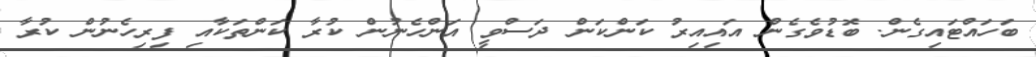
ބަހައްޓައިގެން. ބޮޑުވެގެން އައިއިރު ކަންކަން ދަސްވީ އަންހެނުން ކުރާ ކަންތަކާއި ފިރިހެނުން ކުރާ